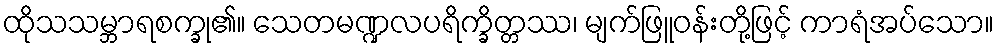
ထိုသသမ္ဘာရစက္ခု၏။ သေတမဏ္ဍလပရိက္ခိတ္တဿ၊ မျက်ဖြူဝန်းတို့ဖြင့် ကာရံအပ်သော။